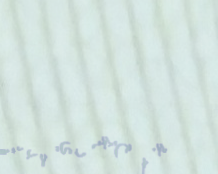
مجمع تجاري حديث: كل ما تح